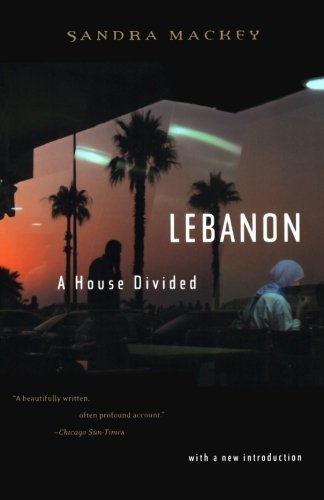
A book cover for Lebanon: A House Divided; Sandra Mackey; History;